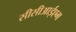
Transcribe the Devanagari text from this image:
सीसीआईएम